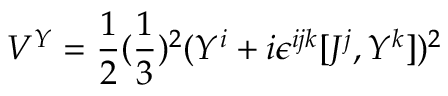
V ^ { Y } = { \frac { 1 } { 2 } } ( { \frac { 1 } { 3 } } ) ^ { 2 } ( Y ^ { i } + i \epsilon ^ { i j k } [ J ^ { j } , Y ^ { k } ] ) ^ { 2 }